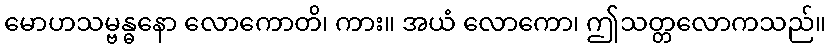
မောဟသမ္ဗန္ဓနော လောကောတိ၊ ကား။ အယံ လောကော၊ ဤသတ္တလောကသည်။